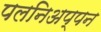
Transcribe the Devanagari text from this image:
पलनिअप्पन